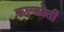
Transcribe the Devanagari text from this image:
कल्कोती